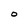
Character: O